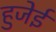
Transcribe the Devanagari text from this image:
हुजेई